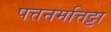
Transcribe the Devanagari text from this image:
पत्तनमत्तिट्टा